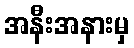
အနီးအနားမှ